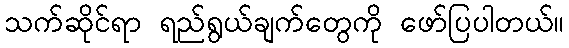
သက်ဆိုင်ရာ ရည်ရွယ်ချက်တွေကို ဖော်ပြပါတယ်။